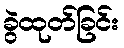
ခွဲထုတ်ခြင်း